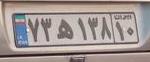
۷۳ه۱۳۸۱۰